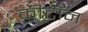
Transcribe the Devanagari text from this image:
कीटॉन